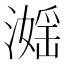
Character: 𣽮